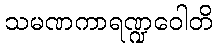
သမဏကာရဏ္ဍဝေါတိ